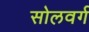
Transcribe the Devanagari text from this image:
सोलवर्ग